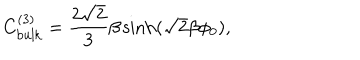
LaTeX: C _ { \mathrm { b u l k } } ^ { ( 3 ) } = \frac { 2 \sqrt { 2 } } { 3 } \beta \sinh ( \sqrt { 2 } \beta \phi _ { 0 } ) ,